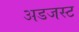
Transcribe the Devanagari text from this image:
अडजस्ट